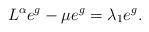
LaTeX: \begin{align*} L^\alpha e^g - \mu e^g = \lambda_1 e^g .\end{align*}